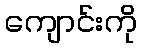
ကျောင်းကို